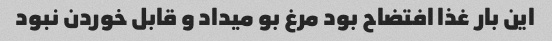
این بار غذا افتضاح بود مرغ بو میداد و قابل خوردن نبود